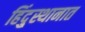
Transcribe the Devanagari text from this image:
हिंदु्स्थानात